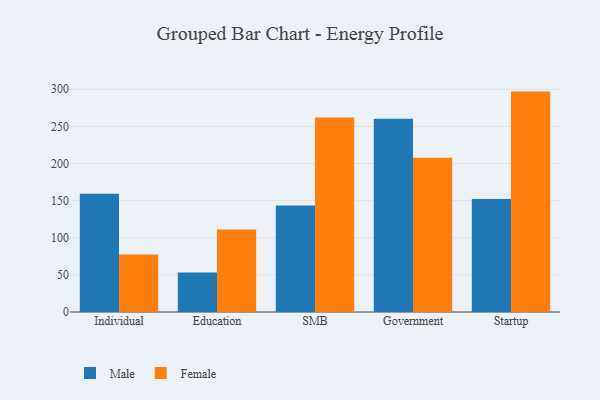
{"axis": {"x": "Segment", "y": "LTV (USD)"}, "legend": ["Female", "Male"], "data": [{"x": "Individual", "y": 159.1, "type": "Male"}, {"x": "Individual", "y": 77.5, "type": "Female"}, {"x": "Education", "y": 53.3, "type": "Male"}, {"x": "Education", "y": 111.0, "type": "Female"}, {"x": "SMB", "y": 143.3, "type": "Male"}, {"x": "SMB", "y": 261.8, "type": "Female"}, {"x": "Government", "y": 260.1, "type": "Male"}, {"x": "Government", "y": 207.6, "type": "Female"}, {"x": "Startup", "y": 152.1, "type": "Male"}, {"x": "Startup", "y": 296.8, "type": "Female"}]}